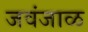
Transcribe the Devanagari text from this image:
जवंजाळ